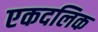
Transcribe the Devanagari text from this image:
एकदलिक